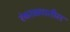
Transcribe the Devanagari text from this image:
रंकाळ्यातील